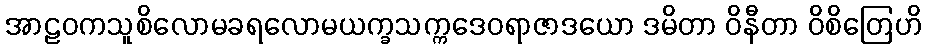
အာဠဝကသူစိလောမခရလောမယက္ခသက္ကဒေဝရာဇာဒယော ဒမိတာ ဝိနီတာ ဝိစိတြေဟိ